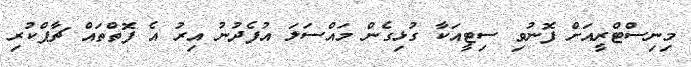
މިނިސްޓްރީއަށް ފޮނުވި ސިޓީއަކާ ގުޅިގެން މައްސަލަ އުފެދުނު އިރު އެ ފޮތްތައް ޗާޕްކުރި